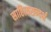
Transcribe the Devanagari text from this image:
साहित्यसन्दर्भ